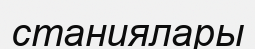
станиялары